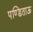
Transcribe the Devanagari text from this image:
पण्डिताऊ